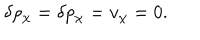
LaTeX: \delta \rho _ { \chi } = \delta p _ { \chi } = v _ { \chi } = 0 .